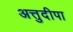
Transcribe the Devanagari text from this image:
अत्तुदीपा